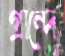
গ্রান্দে